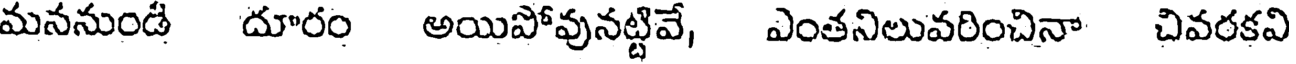
మననుండి దూరం అయిపోవునట్టివే, ఎంతనిలువరించినా చివరకవి